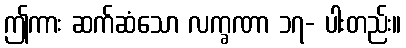
ဤကား ဆက်ဆံသော လက္ခဏာ ၁၇- ပါးတည်း။